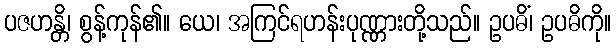
ပဇဟန္တိ၊ စွန့်ကုန်၏။ ယေ၊ အကြင်ရဟန်းပုဏ္ဏားတို့သည်။ ဥပဓိံ၊ ဥပဓိကို။